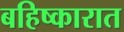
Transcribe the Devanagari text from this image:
बहिष्कारात